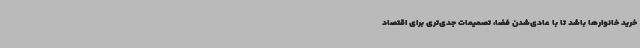
خرید خانوارها باشد تا با عادی‌شدن فضا، تصمیمات جدی‌تری برای اقتصاد